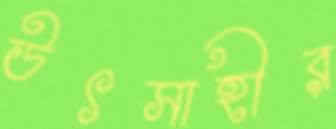
উৎসাহীর